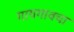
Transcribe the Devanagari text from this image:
गायगावचा